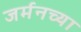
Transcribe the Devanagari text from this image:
जर्मनच्या